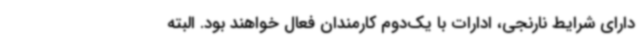
دارای شرایط نارنجی، ادارات با یک‌دوم کارمندان فعال خواهند بود. البته